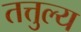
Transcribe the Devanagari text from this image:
तत्तुल्य